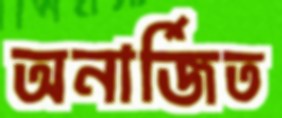
অনার্জিত